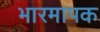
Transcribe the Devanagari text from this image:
भारमापक